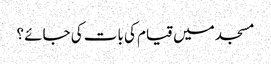
مسجد میں قیام کی بات کی جائے ؟